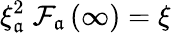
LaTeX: \xi_{\mathfrak{a}}^{2}\; \mathcal{{F}}_{\mathfrak{a}}\left(\infty\right)=\xi